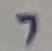
Text: 7